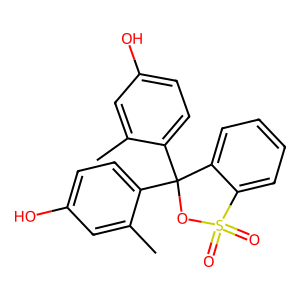
SMILES: Cc1cc(O)ccc1C1(c2ccc(O)cc2C)OS(=O)(=O)c2ccccc21
Inhibits HIV replication: No